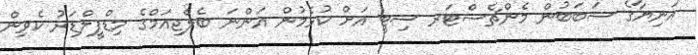
އަނިޔާގެ ސަބަބުން މެންޗެސްޓަރ ސިޓީ އަށް ކުޅެމުން އަންނަ ބެލްޖިއަމްގެ މިޑްފީލްޑަރު ކެވިން